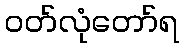
ဝတ်လုံတော်ရ